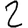
Digit: 2